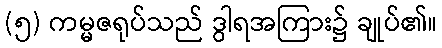
(၅) ကမ္မဇရုပ်သည် ဒွါရအကြား၌ ချုပ်၏။